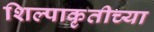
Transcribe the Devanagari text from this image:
शिल्पाकृतीच्या